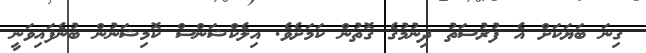
ގިނަ ބަޔަކަށް އެ ފުރުސަތު ދިނުމުގެ ގޮތުން ކަމަށެވެ. އިލެކްޝަންސް ކޮމިޝަނުން ބުނެފައިވަނީ